Senior Leaving Certificate Examination (including Day School Certificate (Higher) General paper), 1948
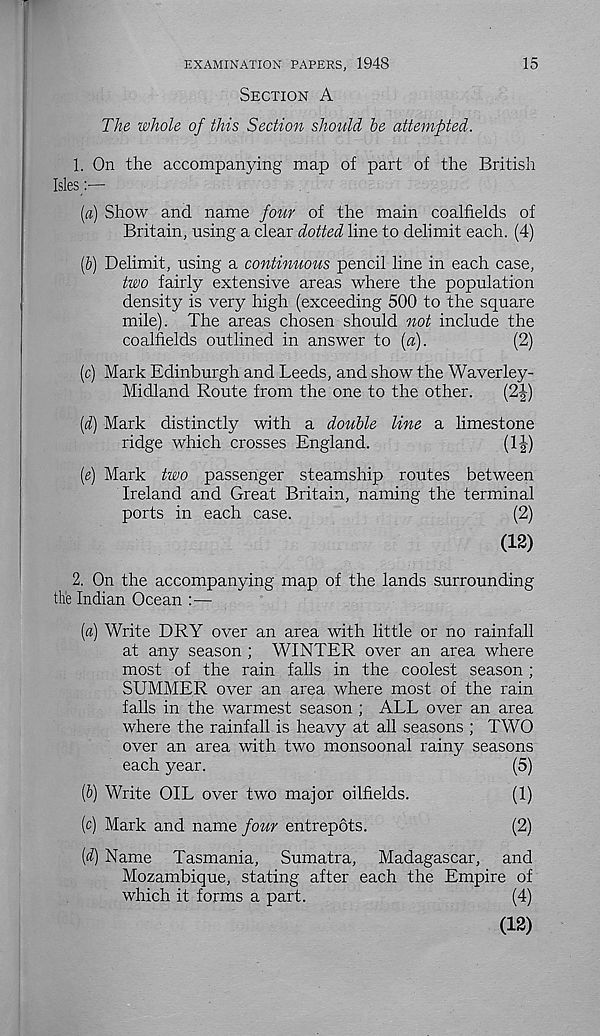
EXAMINATION PAPERS, 1948
15
SECTION A
The whole of this Section should be attempted.
1. On the accompanying map of part of the British
Isles:—
[а) Show and name four of the main coalfields of
Britain, using a clear dotted line to delimit each. (4)
(б) Delimit, using a continuous pencil line in each case,
two fairly extensive areas where the population
density is very high (exceeding 500 to the square
mile). The areas chosen should not include the
coalfields outlined in answer to (a).
(2)
(c) Mark Edinburgh and Leeds, and show the Waverley-
Midland Route from the one to the other.
(2|)
(d) Mark distinctly with a double line a limestone
ridge which crosses England.
(1J)
(e) Mark two passenger steamship routes between
Ireland and Great Britain, naming the terminal
ports in each case.
(2)
(12)
2. On the accompanying map of the lands surrounding
the Indian Ocean :—
[a) Write DRY over an area with little or no rainfall
at any season ; WINTER over an area where
most of the rain falls in the coolest season ;
SUMMER over an area where most of the rain
falls in the warmest season ; ALL over an area
where the rainfall is heavy at all seasons ; TWO
over an area with two monsoonal rainy seasons
each year.
(5)
(5) Write OIL over two major oilfields.
(1)
(c) Mark and name four entrepots.
(2)
[d) Name Tasmania, Sumatra, Madagascar, and
Mozambique, stating after each the Empire of
which it forms a part.
(4)
(12)